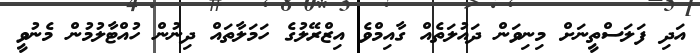
އަދި ފަލަސްތީނަށް މިނިވަން ދައުލަތެއް ގާއިމްވެ އިޒްރޭލުގެ ހަމަލާތައް ދިނުން ހުއްޓާލުމުން މެނުވީ